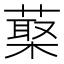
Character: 𦺵